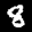
Label: 8